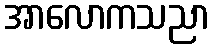
အာလောကသညာ